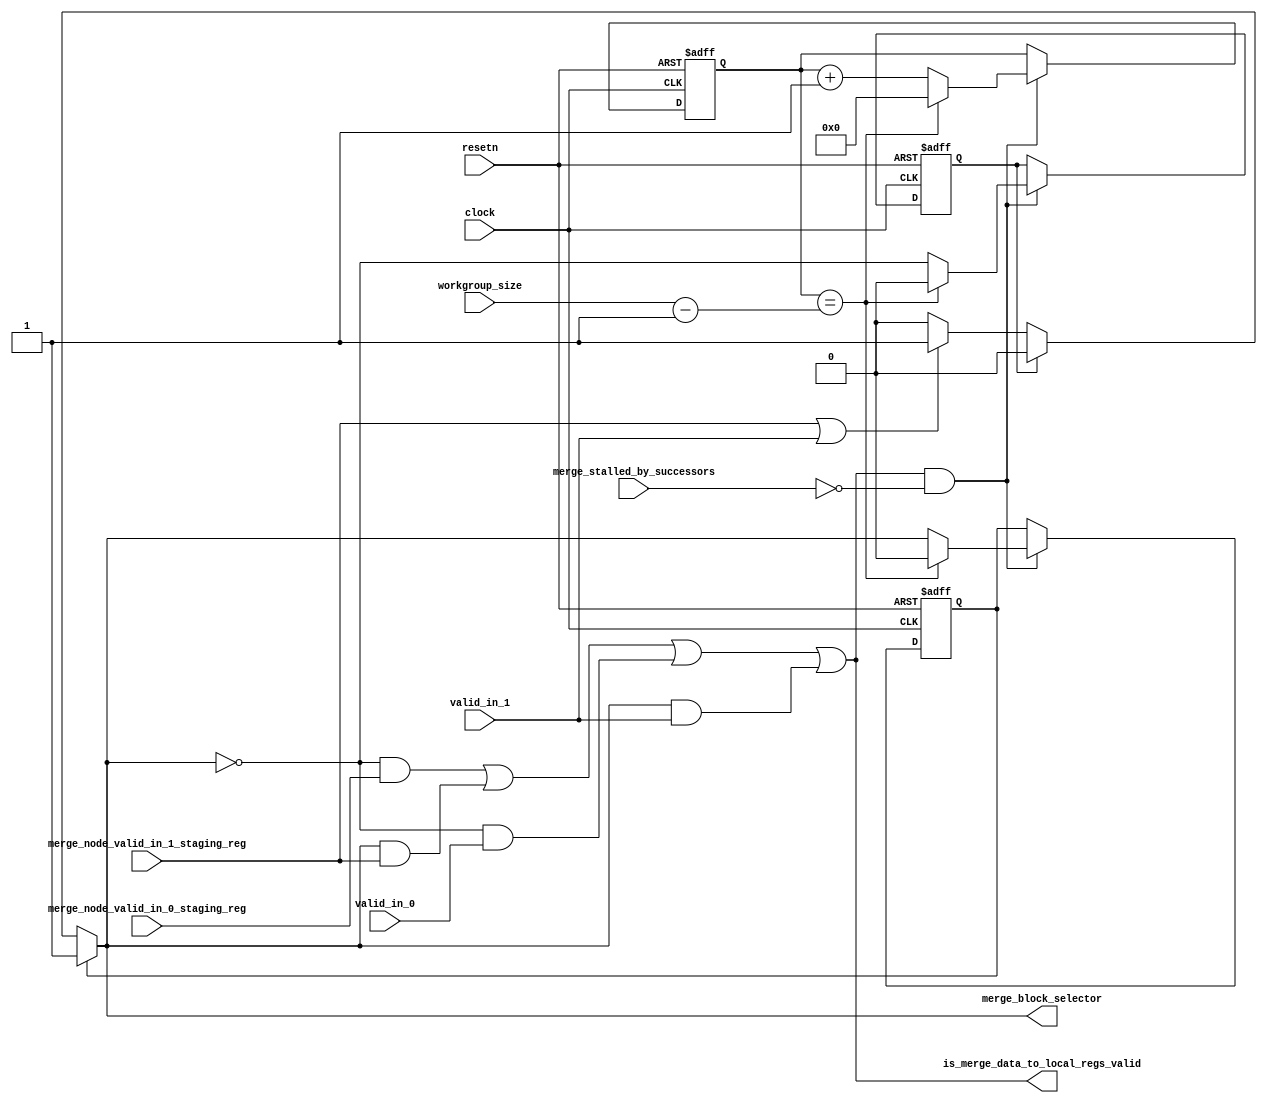
module acl_merge_node_priority_encoder_workgroup(clock, resetn, merge_block_selector,
merge_node_valid_in_0_staging_reg, merge_node_valid_in_1_staging_reg,
valid_in_0, valid_in_1, merge_stalled_by_successors, is_merge_data_to_local_regs_valid,
workgroup_size);

parameter WORKGROUP_SIZE_BITS = 10;

input clock, resetn;
input merge_node_valid_in_0_staging_reg, merge_node_valid_in_1_staging_reg;
input	valid_in_0, valid_in_1, merge_stalled_by_successors;
input [WORKGROUP_SIZE_BITS-1:0] workgroup_size;
output merge_block_selector, is_merge_data_to_local_regs_valid;

reg [WORKGROUP_SIZE_BITS-1:0] in_count;

reg choose_0;
reg choose_1;

assign merge_block_selector = choose_1 ? 1'b1 : (choose_0 ? 1'b0 : ((merge_node_valid_in_1_staging_reg | valid_in_1) ? 1'b1 : 1'b0));
assign is_merge_data_to_local_regs_valid = 
     ~merge_block_selector & merge_node_valid_in_0_staging_reg |
      merge_block_selector & merge_node_valid_in_1_staging_reg |
     ~merge_block_selector & valid_in_0 | merge_block_selector & valid_in_1;

always @(posedge clock or negedge resetn)
begin
	if (~(resetn))
	begin
		in_count <= {WORKGROUP_SIZE_BITS{1'b0}};
		choose_0 <= 1'b0;
		choose_1 <= 1'b0;
	end
	else
	begin
		if (is_merge_data_to_local_regs_valid && !merge_stalled_by_successors) 
		begin
			if (in_count == workgroup_size - 2'b01) 
			begin 
				in_count <= {WORKGROUP_SIZE_BITS{1'b0}};
				choose_0 <= 1'b0; 
				choose_1 <= 1'b0;
			end
			else
			begin
				in_count <= in_count + 1'b1;
				choose_0 <= ~merge_block_selector;
				choose_1 <=  merge_block_selector;
			end
		end
	end
end

endmodule